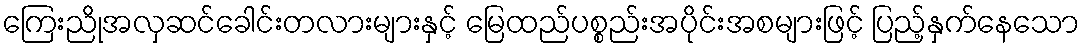
ကြေးညိုအလှဆင်ခေါင်းတလားများနှင့် မြေထည်ပစ္စည်းအပိုင်းအစများဖြင့် ပြည့်နှက်နေသော